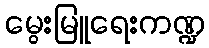
မွေးမြူရေးကဏ္ဍ